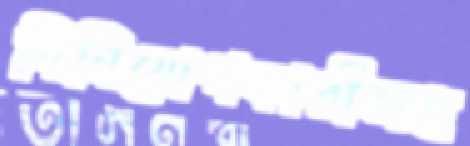
বিনিয়োগকারীসহ